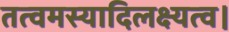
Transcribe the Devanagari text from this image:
तत्वमस्यादिलक्ष्यत्व।